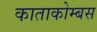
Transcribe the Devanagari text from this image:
काताकोम्बस